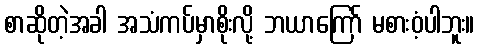
စာဆိုတဲ့အခါ အသံကပ်မှာစိုးလို့ ဘယာကြော် မစားဝံ့ပါဘူး။